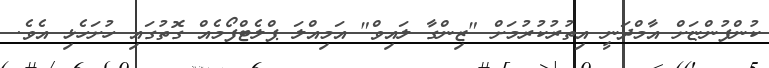
ކުންފުންޏަށް އާމްދަނީ އިތުރުކުރުމަށް "ޒިންގާ ލައިވް" އަމިއްލަ ޕްލެޓްފޯމެއް ގޮތުގައި ހުށަހެޅި އެވެ.